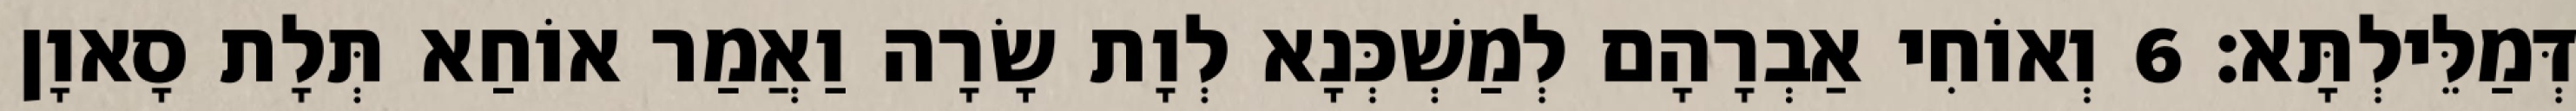
דְּמַלֵּילְתָּא׃ 6 וְאוֹחִי אַבְרָהָם לְמַשְׁכְּנָא לְוָת שָׂרָה וַאֲמַר אוֹחַא תְּלָת סָאוָן